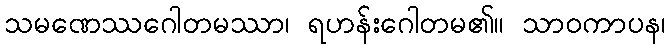
သမဏေဿဂေါတမဿာ၊ ရဟန်းဂေါတမ၏။ သာဝကာပန၊